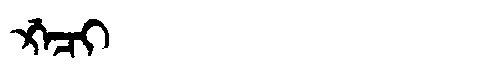
Manchu: ᡤ᠋ᠠᠴᡳ
Romanization: G'ACI